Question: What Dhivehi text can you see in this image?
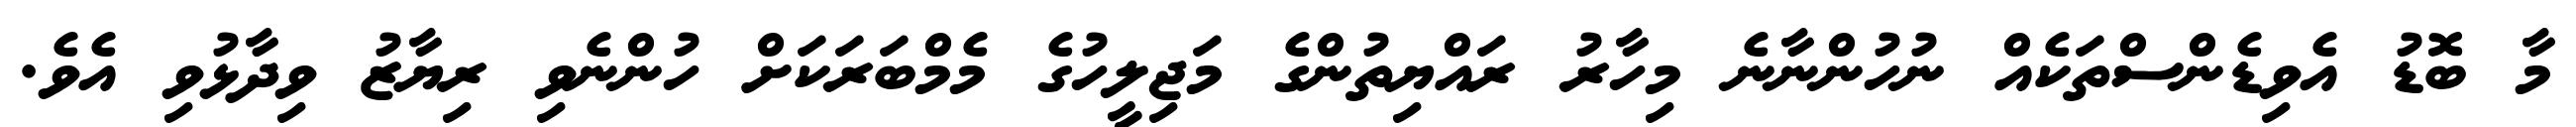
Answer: މާ ބޮޑު އެވިޑެންސްތަކެއް ނުހުންނާނެ މިހާރު ރައްޔިތުންގެ މަޖިލީހުގެ މެމްބަރަކަށް ހުންނެވި ރިޔާޒު ވިދާޅުވި އެވެ.